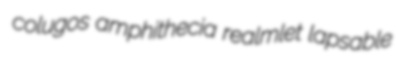
colugos amphithecia realmlet lapsable